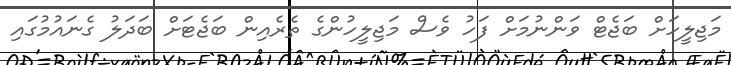
މަޖިލީހަށް ބަޖެޓް ވަންނުމަށް ފަހު ވެސް މަޖިލީހުންގެ ތެރެއިން ބަޖެޓަށް ބަދަލު ގެނައުމުގައި